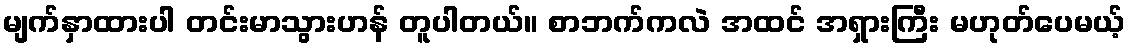
မျက်နှာထားပါ တင်းမာသွားဟန် တူပါတယ်။ စာဘက်ကလဲ အထင် အရှားကြီး မဟုတ်ပေမယ့်